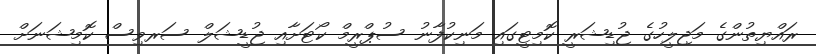
ރައްޔިތުންގެ މަޖިލީހުގެ ޖުޑިޝަރީ ކޮމިޓީގައި މަނިކުފާނު ސުޕްރީމް ކޯޓަށާއި ޖުޑީޝަލް ސަރވިސް ކޮމިޝަނަށް